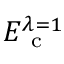
E _ { \mathrm { ~ c ~ } } ^ { \lambda = 1 }